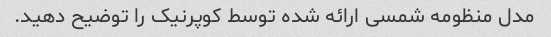
مدل منظومه شمسی ارائه شده توسط کوپرنیک را توضیح دهید.